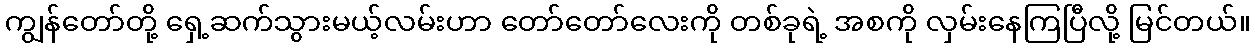
ကျွန်တော်တို့ ရှေ့ဆက်သွားမယ့်လမ်းဟာ တော်တော်လေးကို တစ်ခုရဲ့ အစကို လှမ်းနေကြပြီလို့ မြင်တယ်။